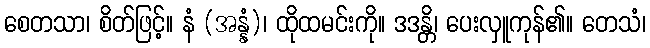
စေတသာ၊ စိတ်ဖြင့်။ နံ (အန္နံ)၊ ထိုထမင်းကို။ ဒဒန္တိ၊ ပေးလှူကုန်၏။ တေသံ၊